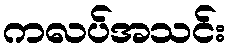
ကလပ်အသင်း